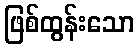
ဖြစ်ထွန်းသော